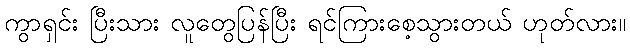
ကွာရှင်း ပြီးသား လူတွေပြန်ပြီး ရင်ကြားစေ့သွားတယ် ဟုတ်လား။